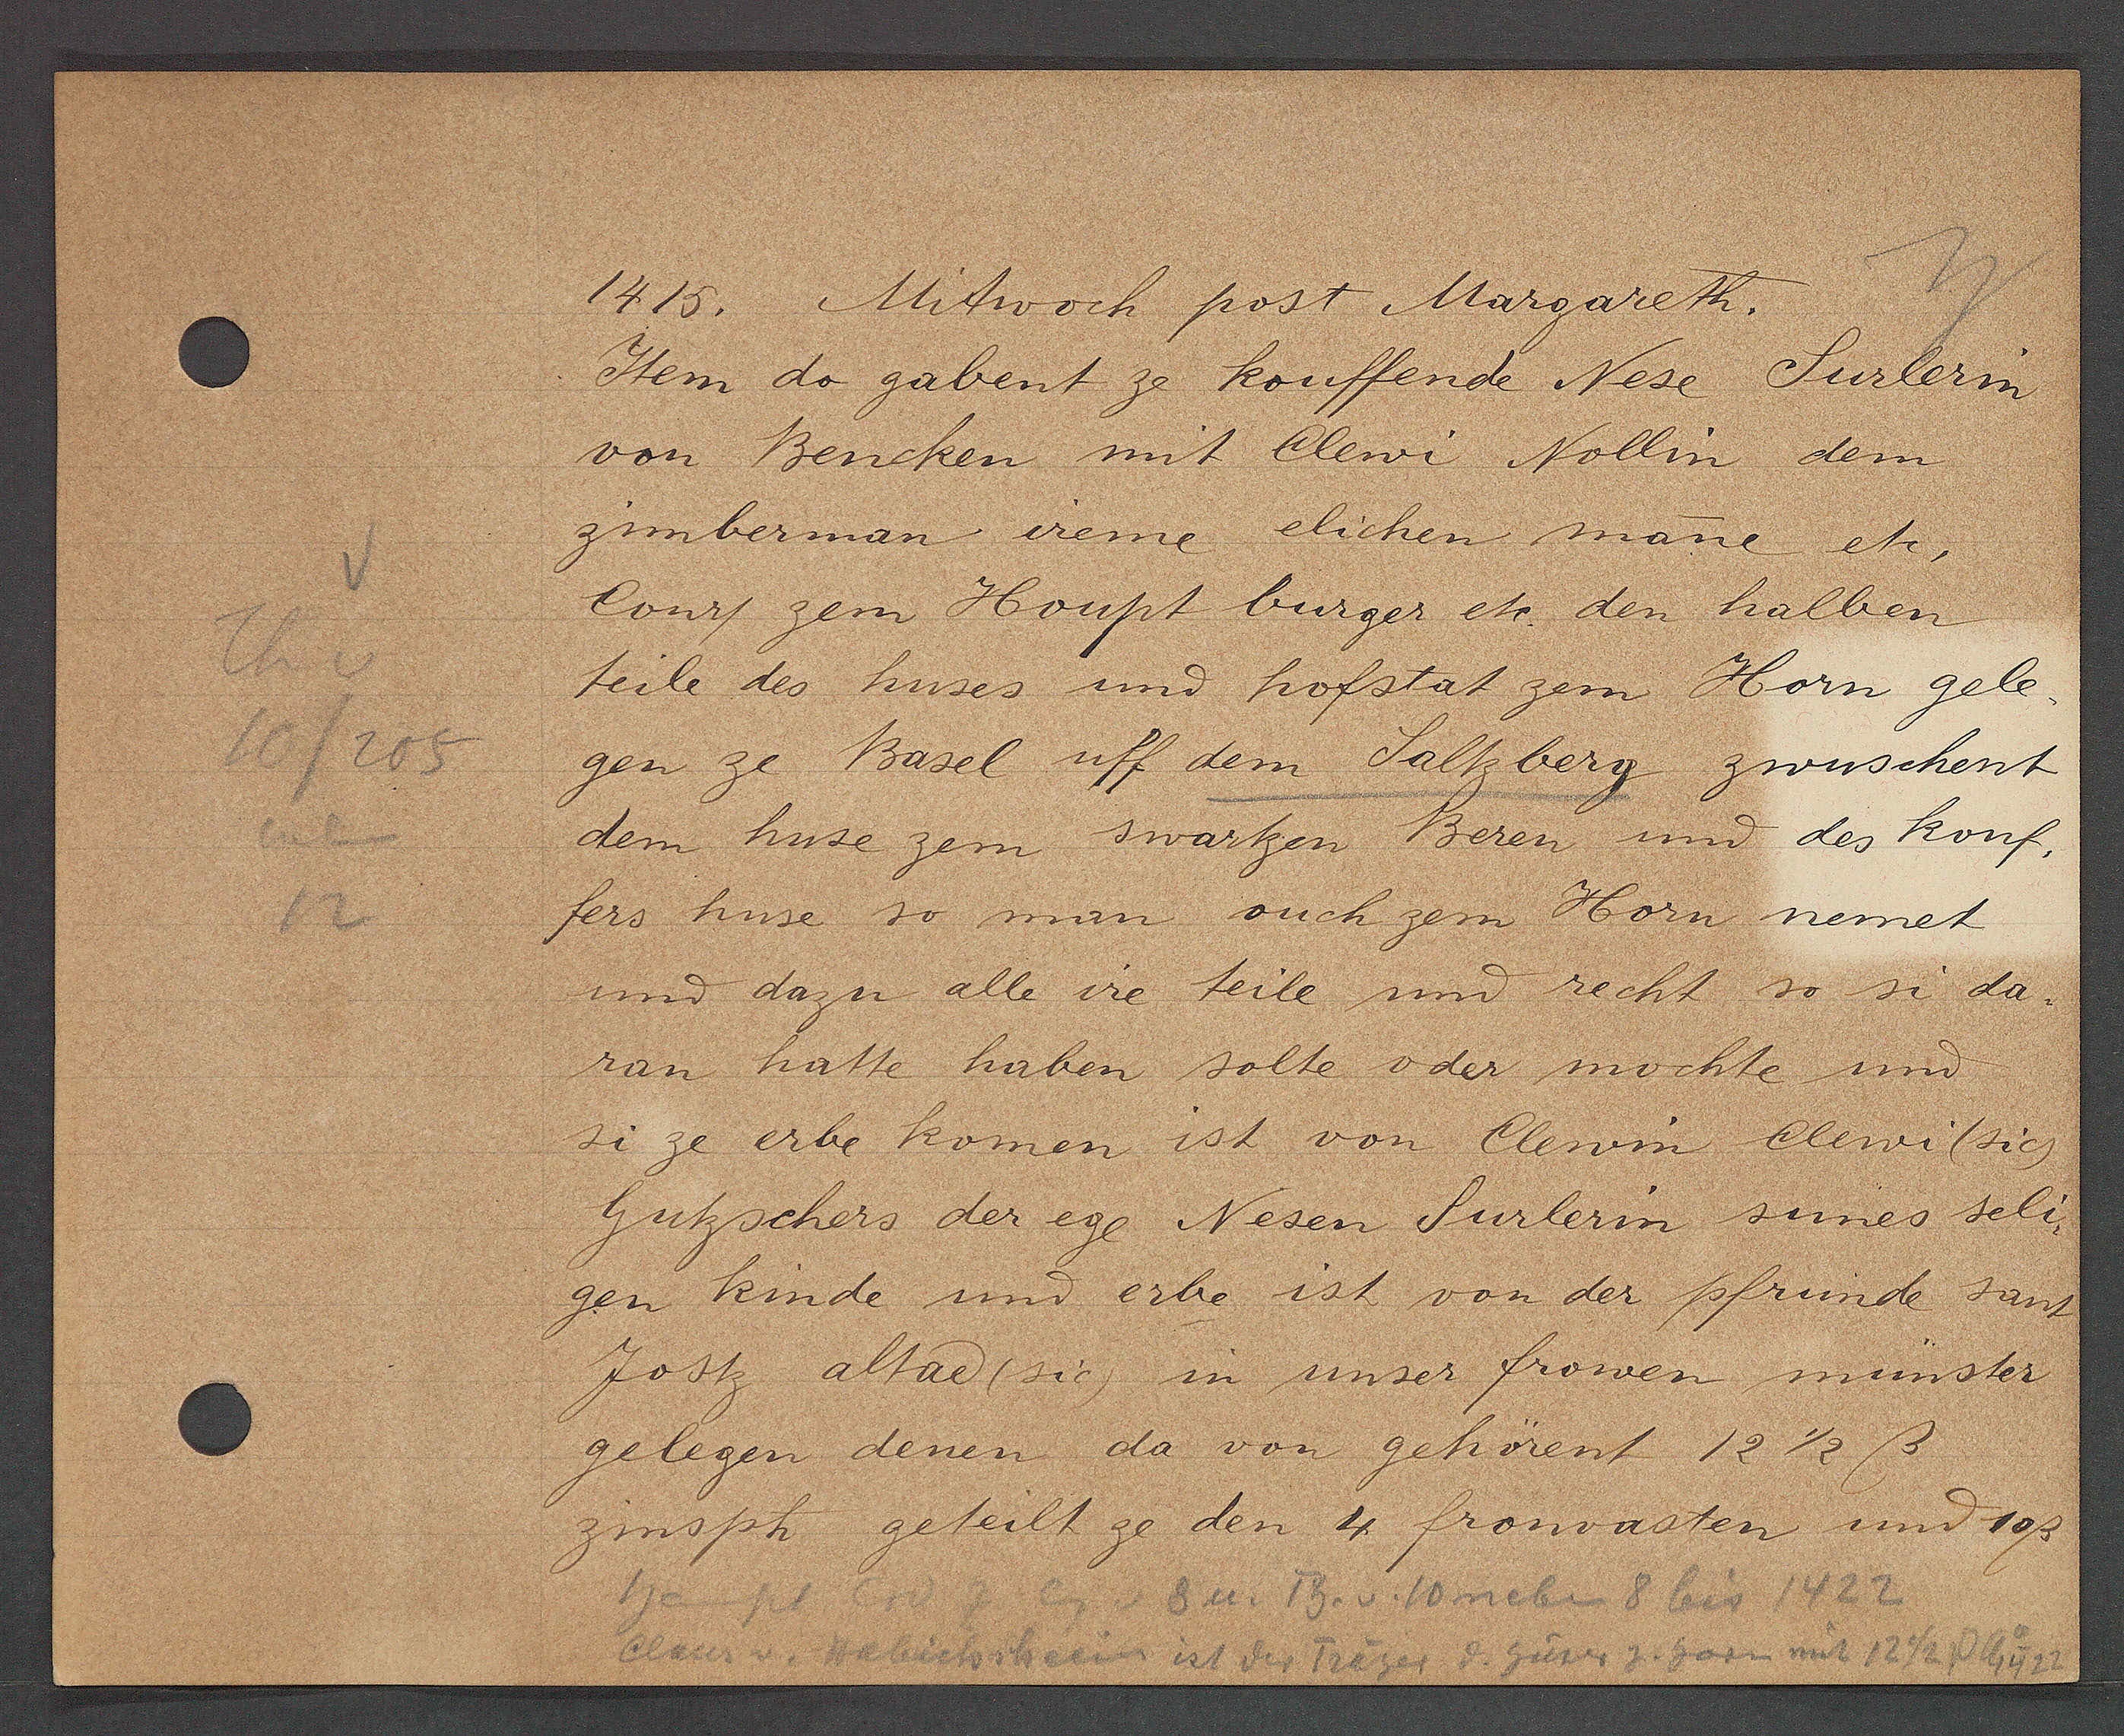
Transcript:
Th v
10/205
neben
12

1415. Mitwoch post Margareth.

Item do gabent ze kouffende Nese Surlerin
von Bencken mit Clewi Nollin dem
zimberman ireme elichen mane etc,
Conrt zem Houpt burger etc. den halben
Teile des huses und hofstat zem Horn gele,
gen ze Basel uff dem Saltzberg zwuschent
dem huse zem swartzen Beren und des Kouf-
fers huse so man ouch zem Horn nemet
und dazu alle ire teile und recht so si da-
ran hatte haben solte oder mochte und
si ze erbe komen ist von Clewin Clewi (sic)
Gutzschers der ege Nesen Surlerin sunes seli-
gen kinde und erbe ist von der pfrunde sant
Jostz altae (sic) in unser frowen münster
gelegen denen da von gehörent 12 1/2 ß
zinsph geteilt ze den 4 fronvasten und 10ß

Bengr 3
eg v 8u. Bev. 10 neben 8 leis 1422
Claus v. Habichsheim ist der Träger d. güter z. horn mit 12 1/2 ß Ao 1422